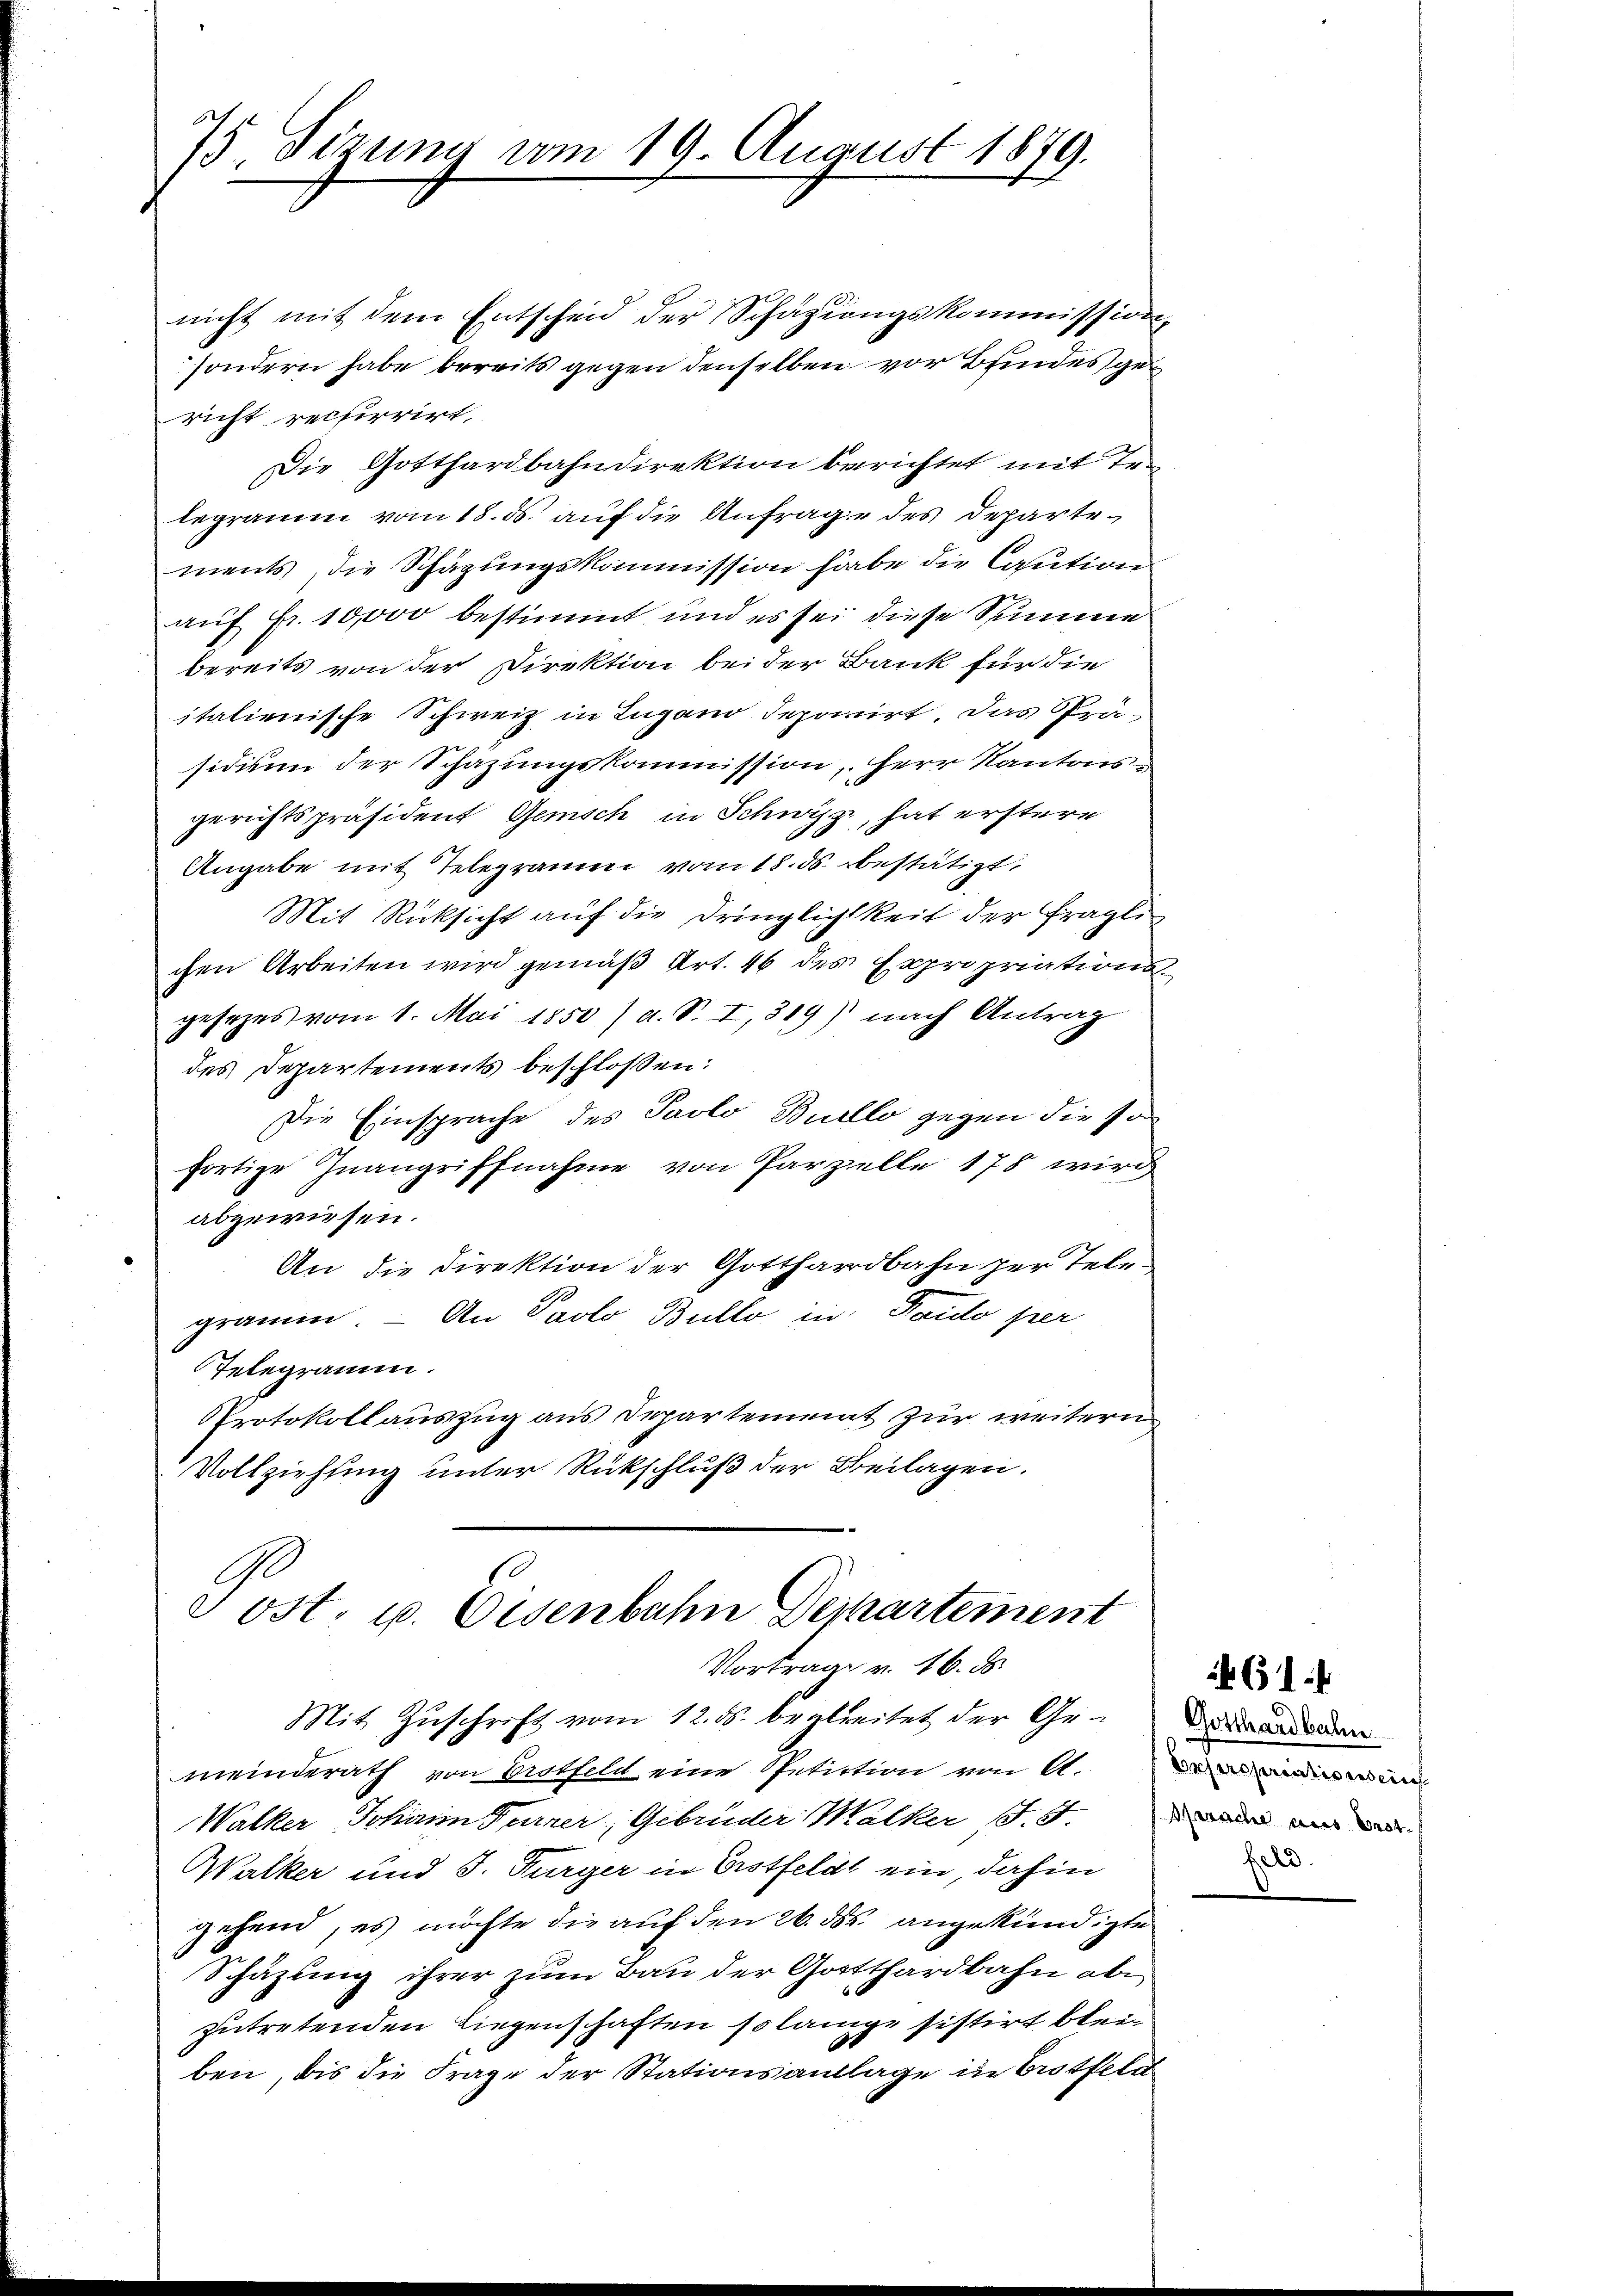
75. Sizung vom 19. August 1879.

G.
cost. u. Eisenbahn Departement
Vortrag v. 16. ds.
Mit Zuschrift vom 12. ds. begleitet der Gemeinderath von Bothell eine Petition von A. die wa
Walker Johann Furrer Gebrüder Walker J. J. der ain und
Walker und J. Bürger in Erstfeldt ein, dahin
gehend, es möchte die auf den 26. des angekündigte
Schäzung ihrer zum Bau der Gotthardbahn abe
zutretenden Liegenschaften so lange sistirt bleiben, bis die Frage der Stationsanlage in Crotfeld

nicht mit dem Entscheid der Schazungskommission,
sondern habe bereits gegen denselben vor Bundesge
richt rechirrirt,
Die Gotthardbahndirektion berichtet mit Erlegramm vom 18. ds. auf die Anfrage des Departements, die Schäzungskommission habe die Caution
auf Fr. 10,000 bestimmt, und es sei diese Summe
bereits von der Direktion bei der Bank für die
italienische Schweiz in Lugano deponirt. Das Präsidium der Schazungskommission, Herr Kantonsgerichtspräsident Gemisch in Schwyz, hat erstere
Angabe mit Telegramm vom 18. ds. bestätigt,
Mit Rücksicht auf die Dringlichkeit der fragli
chen Arbeiten wird gemäß Art. 46 des Expropriations
gesezes vom 1. Mai 1850 /d. S. I,319) nach Antrag
des Departements beschlossen:
Die Einsprache des Pavlo Burllo gegen die so
fortige Inangriffnahme von Parzelle 178 wird
abgewiesen.
An die Direktion der Gotthardbahn per Tele-
gramm. — An Paolo Bullo in Paulo per
Telegramm.
Protokollauszug aus Departemmat zur weitern
Vollziehung unter Rückschluß der Beilagen.

Gotthardbahn.
.

61: